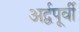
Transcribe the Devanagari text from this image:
अर्द्वपूर्वी